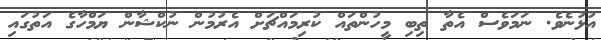
އުޅުނެވެ. ނަމަވެސް އެތާ ތިބި މީހުންތައް ކުރިމައްޗަށް އެރުމުން ނުކްޝާން ޔަމްހާގެ އަތުގައި